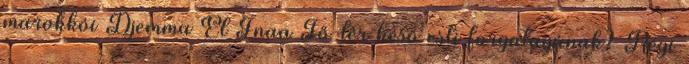
marokkói Djemma El Fnaa Fő-tér késő esti forgatagának? Régi